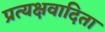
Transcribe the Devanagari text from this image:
प्रत्यक्षवादिता